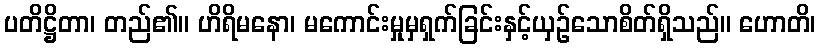
ပတိဋ္ဌိတာ၊ တည်၏။ ဟိရိမနော၊ မကောင်းမှုမှရှက်ခြင်းနှင့်ယှဉ်သောစိတ်ရှိသည်။ ဟောတိ၊